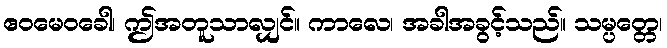
ဧဝမေဝခေါ၊ ဤအတူသာလျှင်။ ကာလေ၊ အခါအခွင့်သည်။ သမ္ပတ္တေ၊